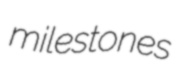
milestones